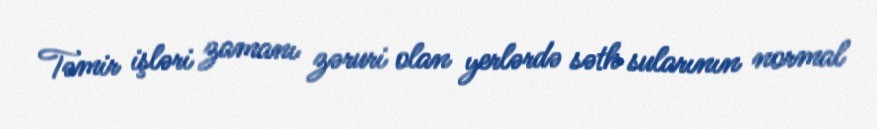
Təmir işləri zamanı zəruri olan yerlərdə səth sularının normal